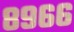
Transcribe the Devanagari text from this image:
८९६६